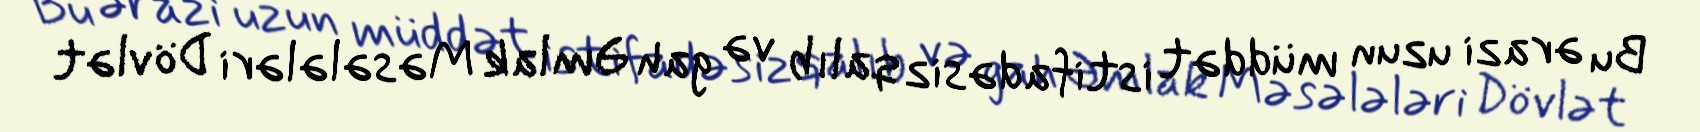
Bu ərazi uzun müddət istifadəsiz qalıb və gah Əmlak Məsələləri Dövlət